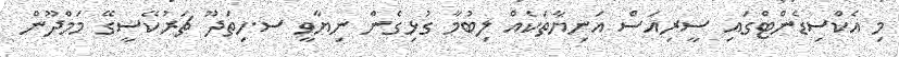
މި އެކްސިޑެންޓްގައި ސީރިއަސް އަނިޔާތަކެއް ލިބުމާ ގުޅިގެން ނިޔާވީ ސ.ހިތަދޫ ޗަރުކޭސީގޭ މަމްދޫން